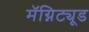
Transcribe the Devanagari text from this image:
मॅग्निट्यूड